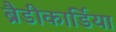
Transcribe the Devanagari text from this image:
ब्रैडीकार्डिया